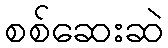
စစ်ဆေးဆဲ